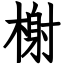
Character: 榭